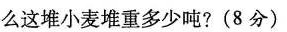
么这堆小麦堆重多少吨?(8分)